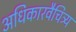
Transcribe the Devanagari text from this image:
अधिकारवैचित्र्य